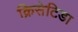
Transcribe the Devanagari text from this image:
क्रिसेटिडा